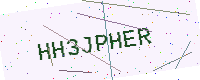
Text: HH3JPHER